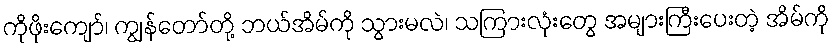
ကိုဖိုးကျော်၊ ကျွန်တော်တို့ ဘယ်အိမ်ကို သွားမလဲ၊ သကြားလုံးတွေ အများကြီးပေးတဲ့ အိမ်ကို